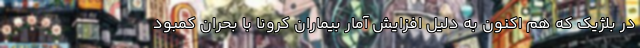
در بلژیک که هم اکنون به دلیل افزایش آمار بیماران کرونا با بحران کمبود